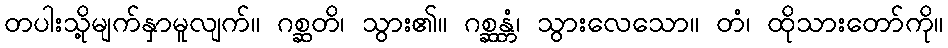
တပါးသို့မျက်နှာမူလျက်။ ဂစ္ဆတိ၊ သွား၏။ ဂစ္ဆန္တံ၊ သွားလေသော။ တံ၊ ထိုသားတော်ကို။